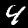
Digit: 4